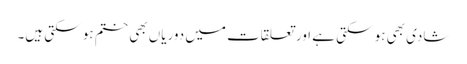
شادی بھی ہو سکتی ہے اور تعلقات میں دوریاں بھی ختم ہو سکتی ہیں۔